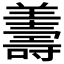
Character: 𦏟